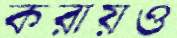
করায়ও